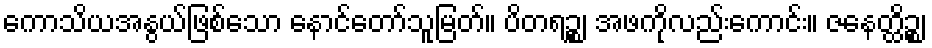
ကောသိယအနွယ်ဖြစ်သော နောင်တော်သူမြတ်။ ပိတရဉ္စ၊ အဖကိုလည်းကောင်း။ ဇနေတ္ထိဉ္စ၊